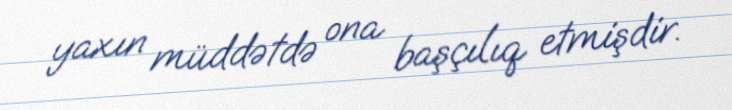
yaxın müddətdə ona başçılıq etmişdir.